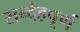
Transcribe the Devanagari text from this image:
सन्देहपूर्ण